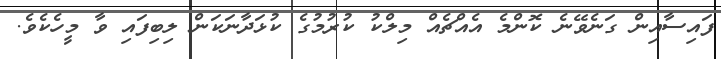
ފައިސާއިން ގަނެވޭނެ ކޮންމެ އެއްޗެއް މިލްކު ކުރުމުގެ ކުޅަދާނަކަން ލިބިފައި ވާ މީހެކެވެ.